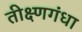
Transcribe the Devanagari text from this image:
तीक्ष्णगंधा